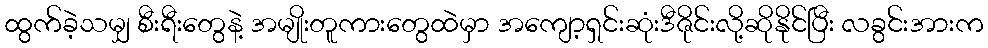
ထွက်ခဲ့သမျှ စီးရီးတွေနဲ့ အမျိုးတူကားတွေထဲမှာ အကျော့ရှင်းဆုံးဒီဇိုင်းလို့ဆိုနိုင်ပြီး လခွင်းအားက